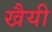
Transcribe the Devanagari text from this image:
खैयी